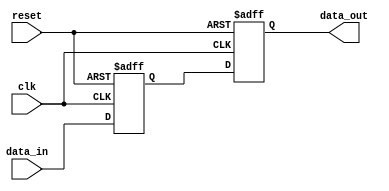
module cascade_sync (
    input wire clk,             // Clock signal
    input wire reset,           // Reset signal
    input wire data_in,         // Input data signal
    output reg data_out         // Output synchronized data signal
);

// First flip-flop stage
reg ff1_q, ff2_q, data_reg;
always @(posedge clk or posedge reset) begin
    if (reset) begin
        ff1_q <= 1'b0;
    end else begin
        ff1_q <= data_in;
    end
end

// Second flip-flop stage
always @(posedge clk or posedge reset) begin
    if (reset) begin
        ff2_q <= 1'b0;
    end else begin
        ff2_q <= ff1_q;
    end
end

// Output data synchronization
always @(*) begin
    data_out = ff2_q;
end

endmodule